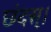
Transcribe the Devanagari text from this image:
छंदस्।